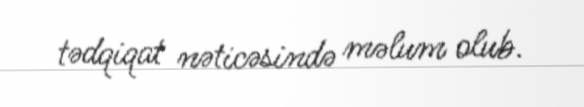
tədqiqat nəticəsində məlum olub.